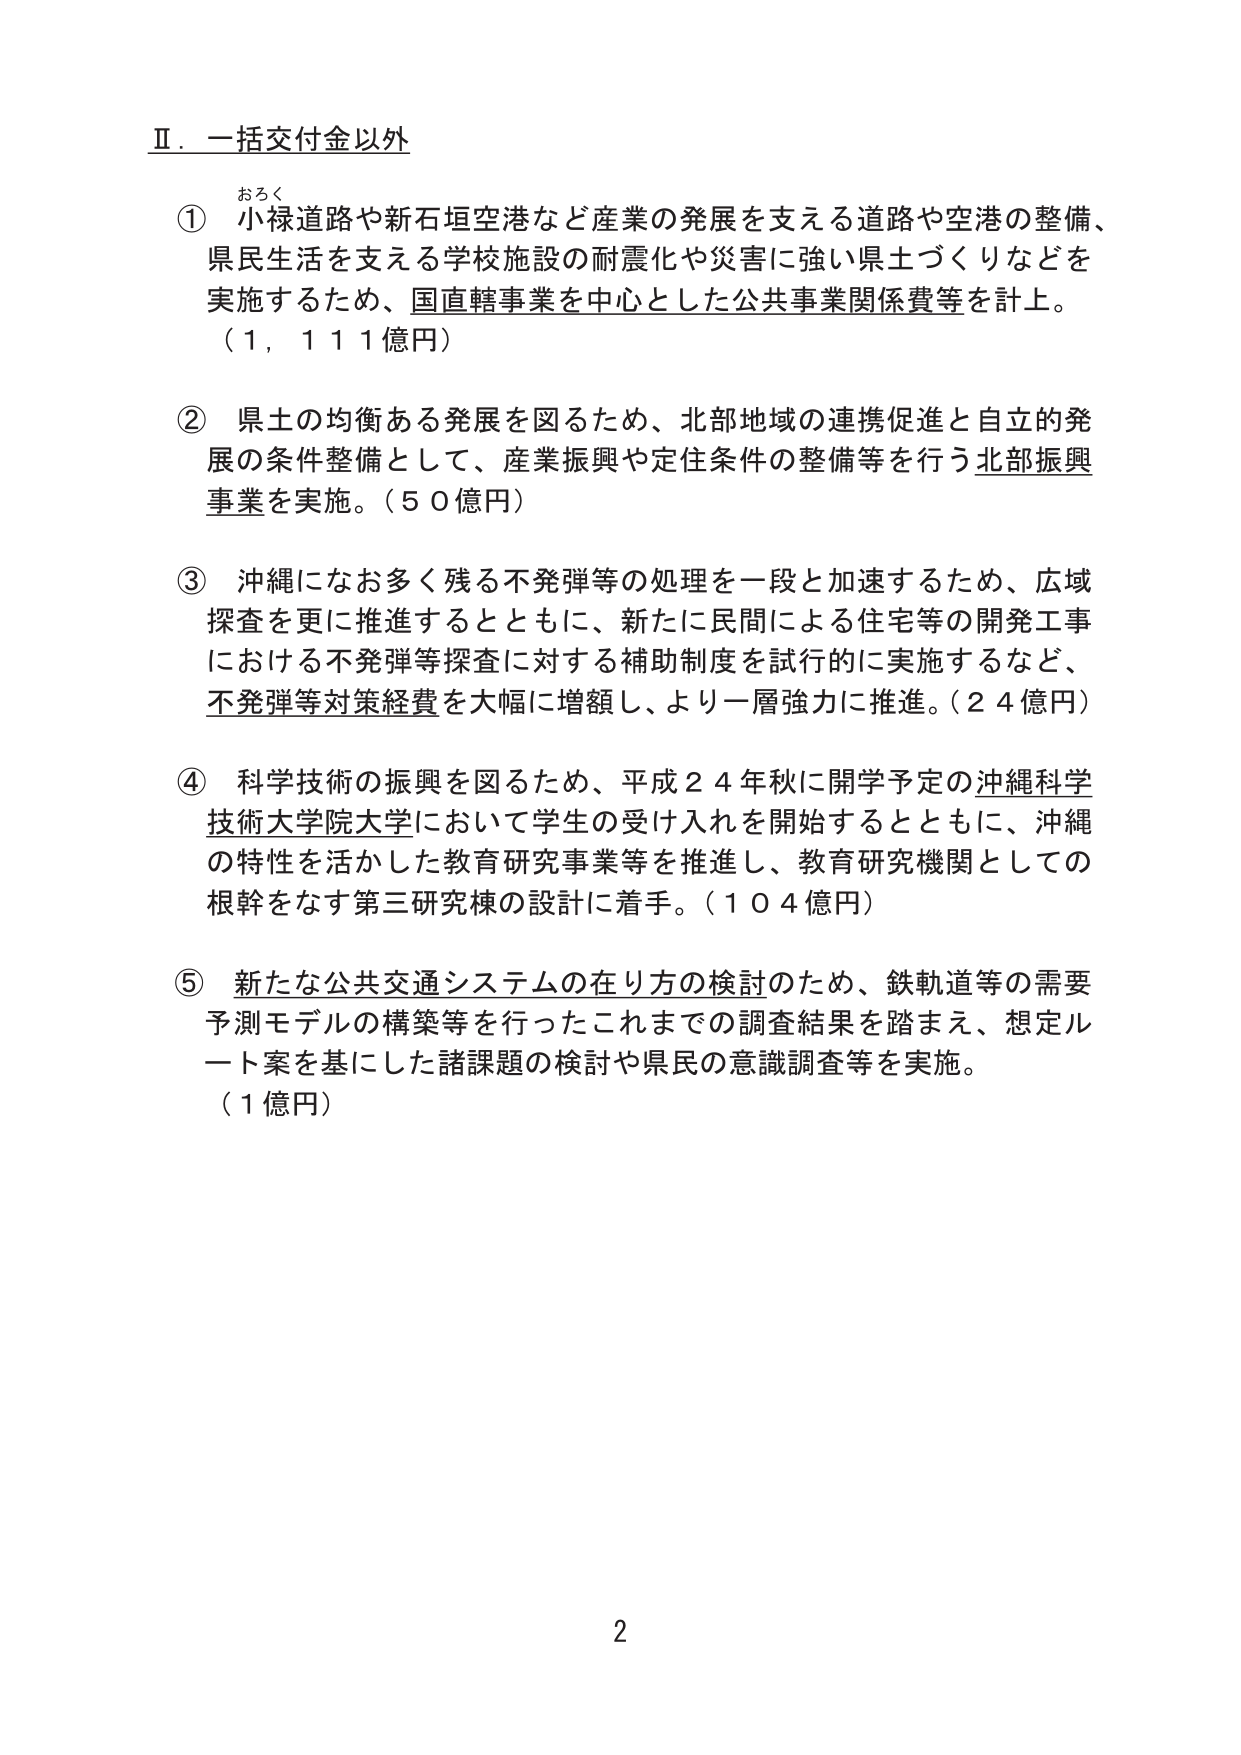
Ⅱ．一括交付金以外

① おろく 小禄道路や新石垣空港など産業の発展を支える道路や空港の整備、県民生活を支える学校施設の耐震化や災害に強い県土づくりなどを実施するため、国直轄事業を中心とした公共事業関係費等を計上。（１，１１１億円）

② 県土の均衡ある発展を図るため、北部地域の連携促進と自立的発展の条件整備として、産業振興や定住条件の整備等を行う北部振興事業を実施。（５０億円）

③ 沖縄になお多く残る不発弾等の処理を一段と加速するため、広域探査を更に推進するとともに、新たに民間による住宅等の開発工事における不発弾等探査に対する補助制度を試行的に実施するなど、不発弾等対策経費を大幅に増額し、より一層強力に推進。（２４億円）

④ 科学技術の振興を図るため、平成２４年秋に開学予定の沖縄科学技術大学院大学において学生の受け入れを開始するとともに、沖縄の特性を活かした教育研究事業等を推進し、教育研究機関としての根幹をなす第三研究棟の設計に着手。（１０４億円）

⑤ 新たな公共交通システムの在り方の検討のため、鉄軌道等の需要予測モデルの構築等を行ったこれまでの調査結果を踏まえ、想定ルート案を基にした諸課題の検討や県民の意識調査等を実施。（１億円）

2